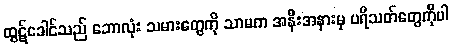
ထွဋ်ခေါင်သည် ဘောလုံး သမားတွေကို သာမက အနီးအနားမှ ပရိသတ်တွေကိုပါ